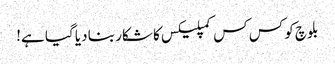
بلوچ کو کس کس کمپلیکس کا شکار بنا دیا گیا ہے!